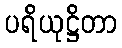
ပရိယုဋ္ဌိတာ